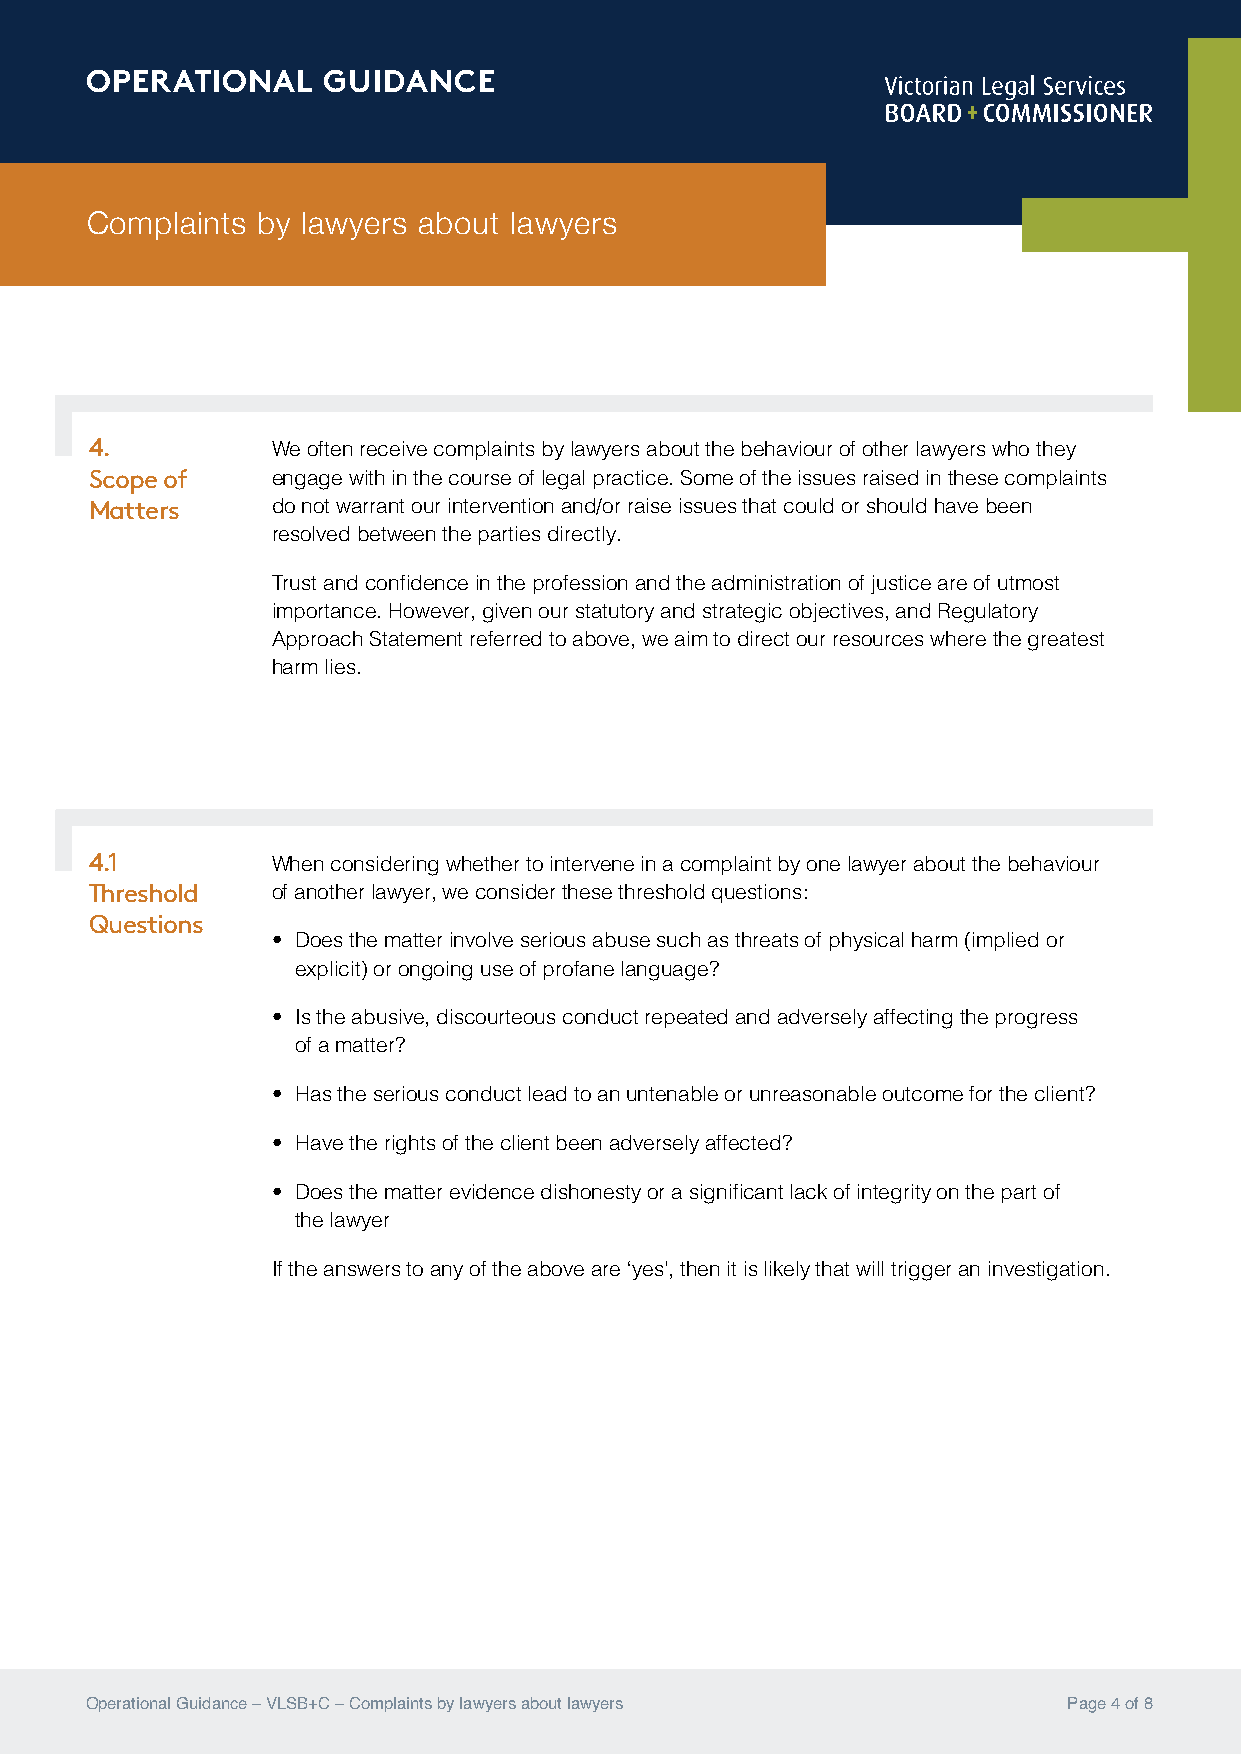
OPERATIONAL    GUIDANCE
 Complaints by lawyers about lawyers
 4.          We often receive complaints by lawyers about the behaviour of other lawyers who they
 Scope of    engage with in the course of legal practice. Some of the issues raised in these complaints
 Matters     do not warrant our intervention and/or raise issues that could or should have been
 resolved between the parties directly.
 Trust and confidence in the profession and the administration of justice are of utmost
 importance. However, given our statutory and strategic objectives, and Regulatory
 Approach Statement referred to above, we aim to direct our resources where the greatest
 harm lies.
 4.1         When considering whether to intervene in a complaint by one lawyer about the behaviour
 Threshold   of another lawyer, we consider these threshold questions:
 Questions
 • Does the matter involve serious abuse such as threats of physical harm (implied or
 explicit) or ongoing use of profane language?
 • Is the abusive, discourteous conduct repeated and adversely affecting the progress
 of a matter?
 • Has the serious conduct lead to an untenable or unreasonable outcome for the client?
 • Have the rights of the client been adversely affected?
 • Does the matter evidence dishonesty or a significant lack of integrity on the part of
 the lawyer
 If the answers to any of the above are ‘yes’, then it is likely that will trigger an investigation.
 Operational Guidance – VLSB+C – Complaints by lawyers about lawyers Page 4 of 8